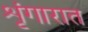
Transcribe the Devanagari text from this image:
शृंगारात